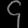
Digit: ၄